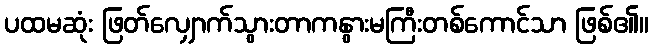
ပထမဆုံး ဖြတ်လျှောက်သွားတာကနွားမကြီးတစ်ကောင်သာ ဖြစ်၏။